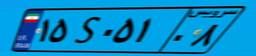
۹۸S۲۶۵۶۸